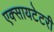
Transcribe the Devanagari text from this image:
एक्सायटेटरी